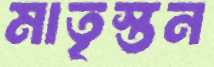
মাতৃস্তন